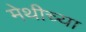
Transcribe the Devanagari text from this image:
मेथीच्या